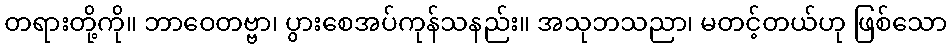
တရားတို့ကို။ ဘာဝေတဗ္ဗာ၊ ပွားစေအပ်ကုန်သနည်း။ အသုဘသညာ၊ မတင့်တယ်ဟု ဖြစ်သော